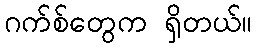
ဂက်စ်တွေက ရှိတယ်။